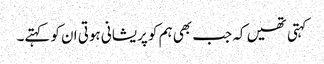
کہتی تھیں کہ جب بھی ہم کو پریشانی ہوتی ان کو کہتے۔